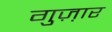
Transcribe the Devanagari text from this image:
गुज़़ार